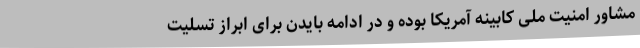
مشاور امنیت ملی کابینه آمریکا بوده و در ادامه بایدن برای ابراز تسلیت